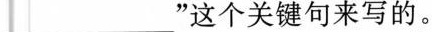
_______________”这个关键句来写的。